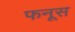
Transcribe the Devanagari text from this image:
फनूस